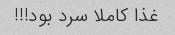
غذا کاملا سرد بود!!!